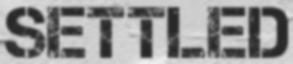
SETTLED